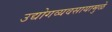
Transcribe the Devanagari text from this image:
उद्योगव्यवसायामुळे